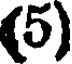
(5)